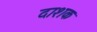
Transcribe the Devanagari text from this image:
दाशक